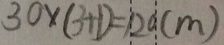
3 0 \times ( 3 + 1 ) = 1 2 0 ( m )